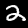
Label: 2